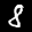
Label: 8